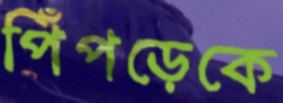
পিঁপড়েকে